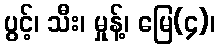
ပွင့်၊ သီး၊ မှုန့်၊ မြေ(၄)၊